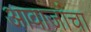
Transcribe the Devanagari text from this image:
आवाजांचा